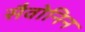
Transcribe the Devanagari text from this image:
सैवोनिन